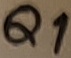
Text: Q1